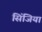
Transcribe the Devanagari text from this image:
सिंजिया